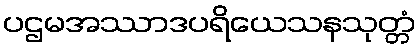
ပဌမအဿာဒပရိယေသနသုတ္တံ